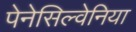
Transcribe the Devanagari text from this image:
पेनेसिल्वेनिया